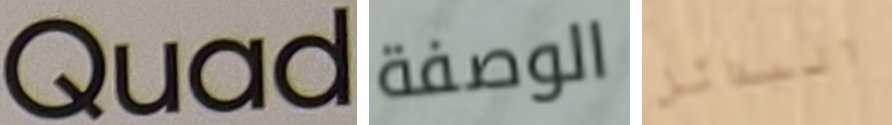
Quad الوصفة البدائل